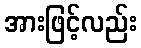
အားဖြင့်လည်း